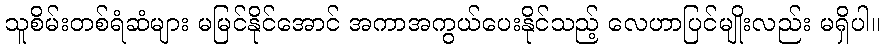
သူစိမ်းတစ်ရံဆံများ မမြင်နိုင်အောင် အကာအကွယ်ပေးနိုင်သည့် လေဟာပြင်မျိုးလည်း မရှိပါ။